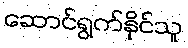
ဆောင်ရွက်နိုင်သူ